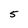
Character: 5